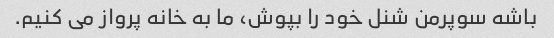
باشه سوپرمن شنل خود را بپوش، ما به خانه پرواز می کنیم.